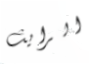
الرايث